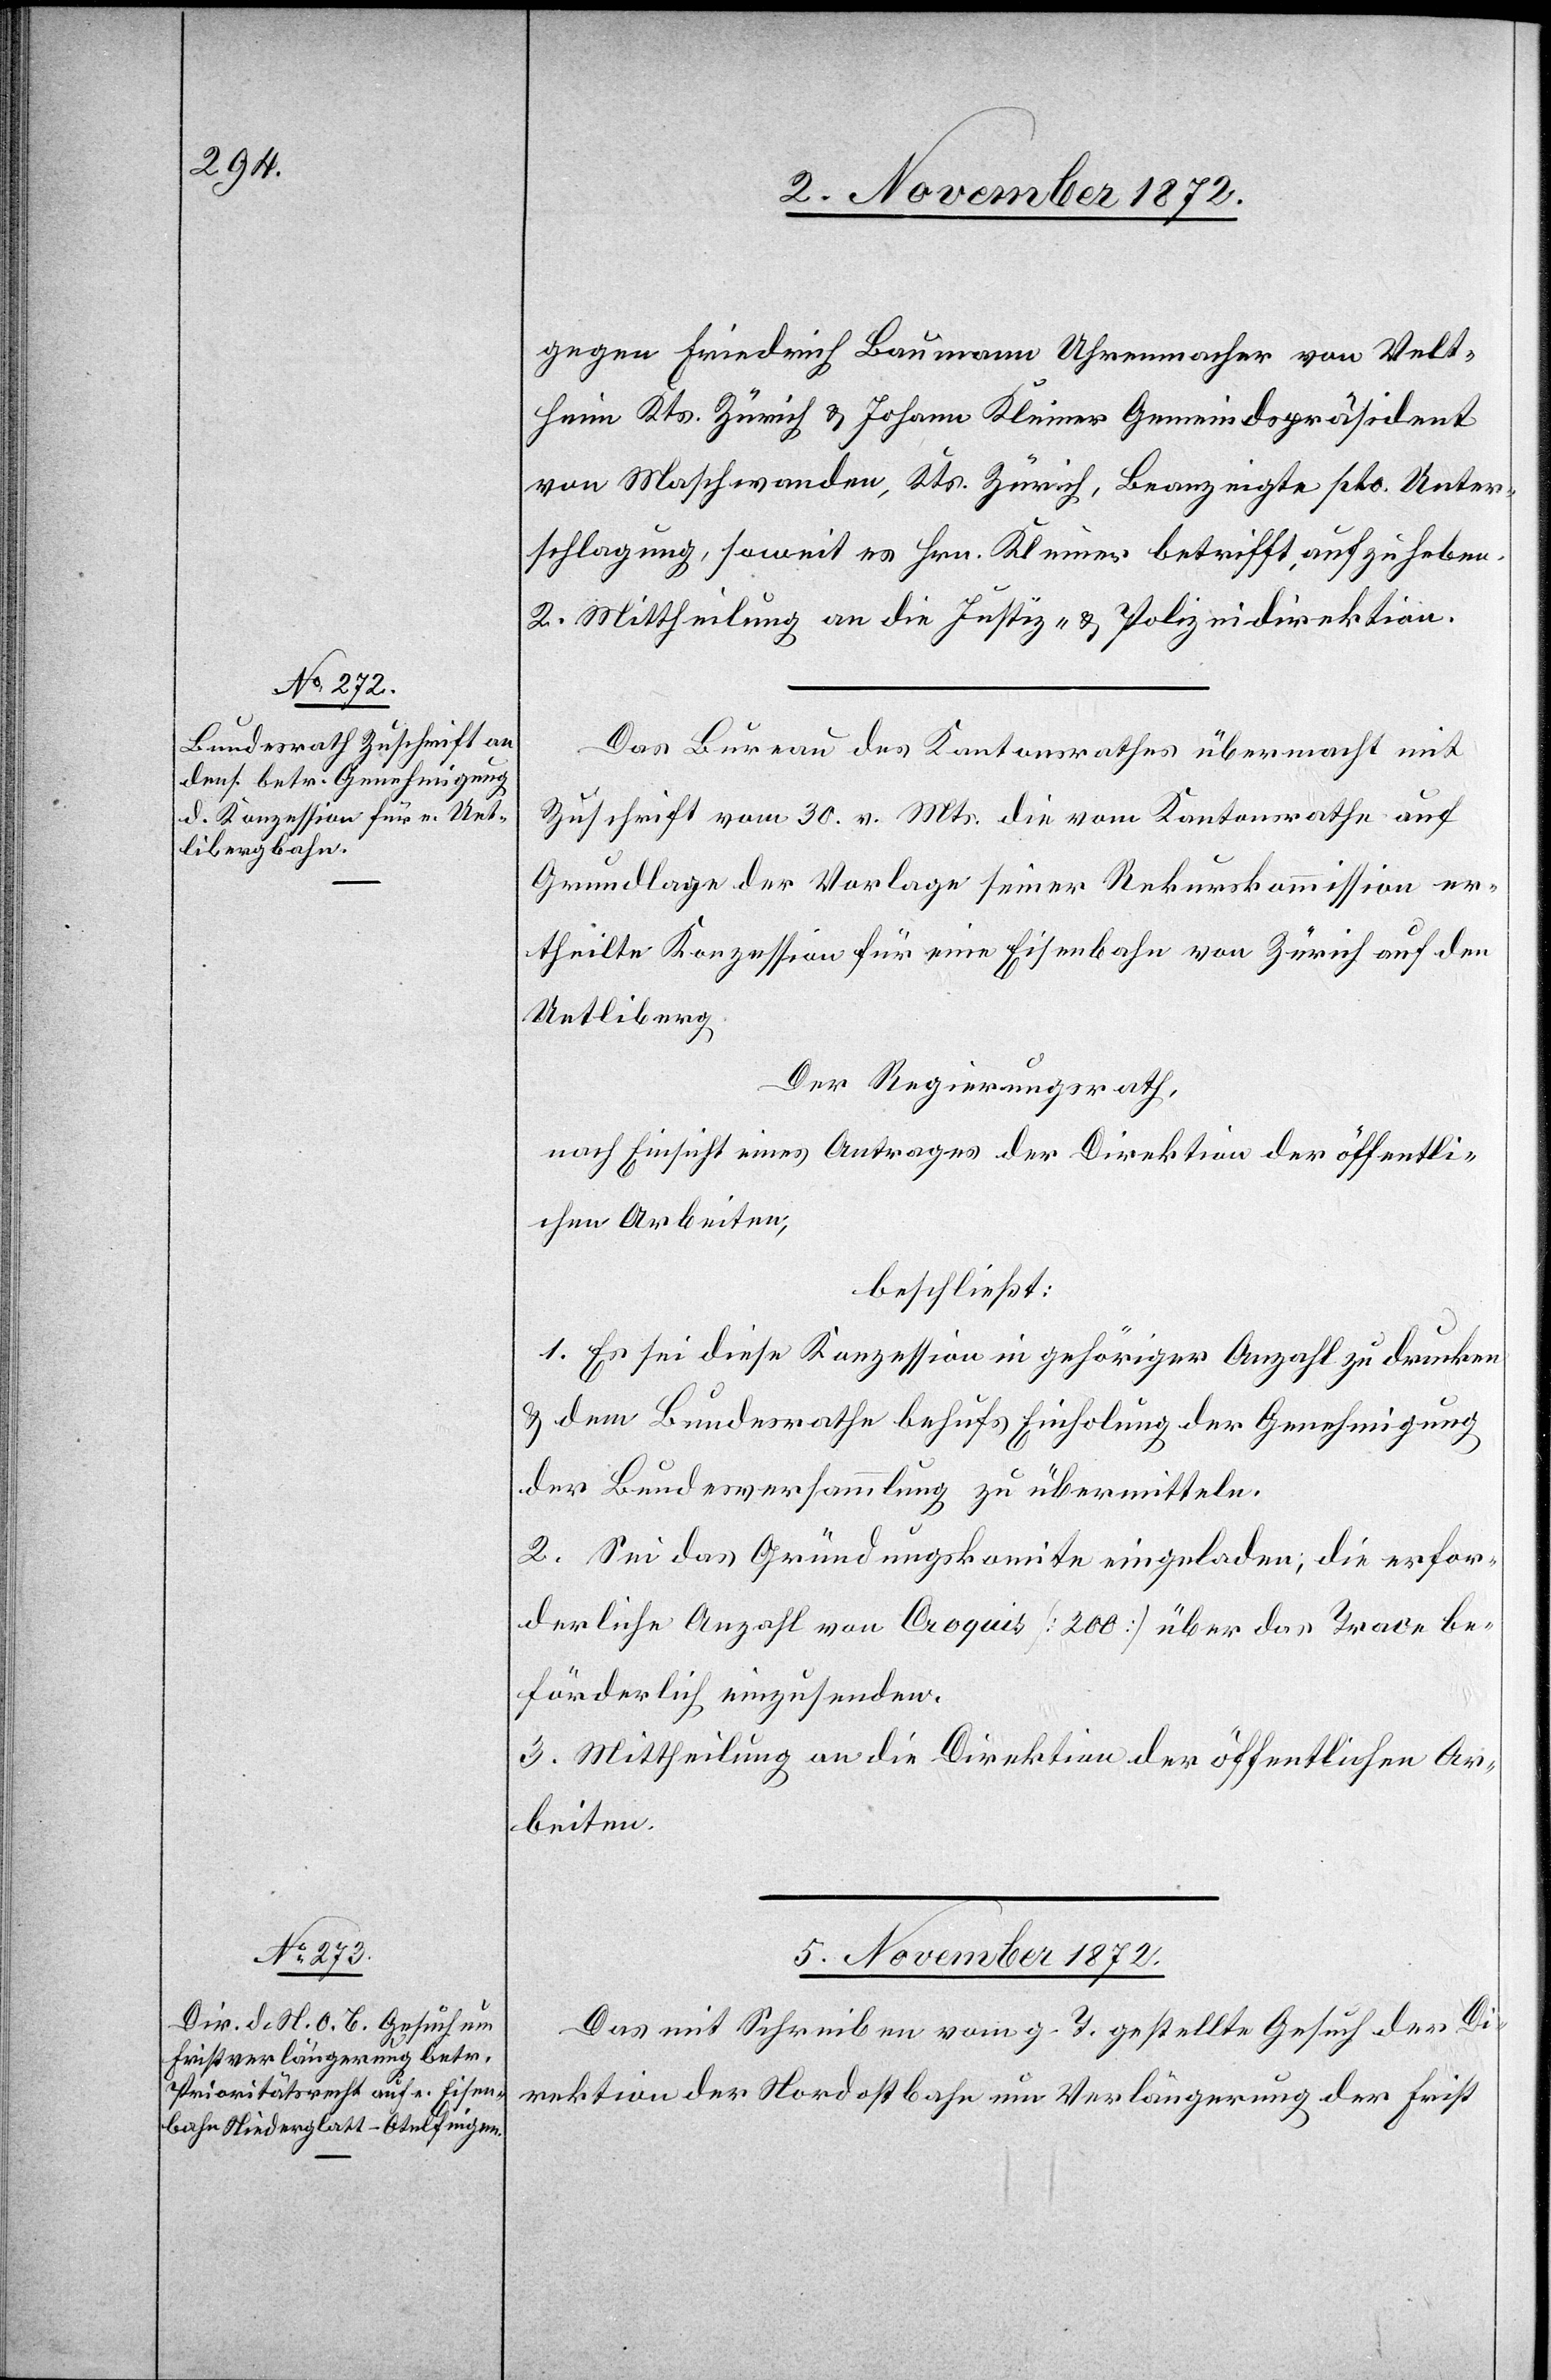
4. November 1872.]
gegen Friedrich Baumann Uhrenmacher von Velt¬
heim Kts. Zürich u. Johann Kleiner Gemeindspräsident
von Maschwanden, Kts. Zürich, Beanzeigte pto. Unter¬
schlagung, soweit es Hrn. Kleiner betrifft, aufzuheben.
2. Mittheilung an die Justiz- u. Polizeidirektion.
Das Bureau des Kantonsrathes übermacht mit
Zuschrift vom 30. v. Mts. die vom Kantonsrathe auf
Grundlage der Vorlage seiner Rekurskommission er¬
theilte Konzession für eine Eisenbahn von Zürich auf den
Uetliberg.
Der Regierungsrath,
nach Einsicht eines Antrages der Direktion der öffentli¬
chen Arbeiten,
beschließt:
1. Es sei diese Konzession in gehöriger Anzahl zu drucken
u. dem Bundesrathe behufs Einholung der Genehmigung
der Bundesversammlung zu übermitteln.
2. Sei das Gründungskomite eingeladen, die erfor¬
derliche Anzahl von Croquis [200] über das Trace be¬
förderlich einzusenden.
3. Mittheilung an die Direktion der öffentlichen Ar¬
beiten.
5. November 1872.
Das mit Schreiben vom g. T. gestellte Gesuch der Di¬
rektion der Nordostbahn um Verlängerung der Frist